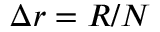
\Delta r = R / N